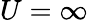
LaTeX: U=\infty